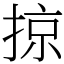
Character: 掠